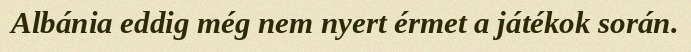
Albánia eddig még nem nyert érmet a játékok során.